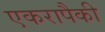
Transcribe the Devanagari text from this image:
एकरापैकी